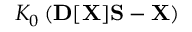
{ \cal K } _ { 0 } \left( { \bf D } [ { \bf X } ] { \bf S } - { \bf X } \right)